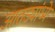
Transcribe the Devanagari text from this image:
आतड्यांध्ये